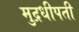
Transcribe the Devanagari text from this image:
मुद्रधीपती